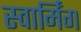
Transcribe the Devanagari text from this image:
स्वार्मिंग